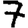
Digit: 7